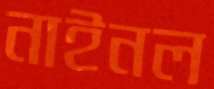
নাইনল